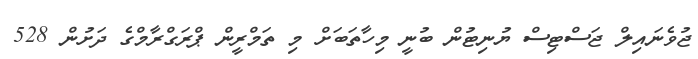
ޖުވެނައިލް ޖަސްޓިސް ޔުނިޓުން ބުނީ މިހާތަބަށް މި ތަމްރީން ޕްރަގްރާމްގެ ދަށުން 528